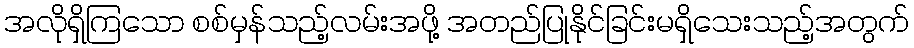
အလိုရှိကြသော စစ်မှန်သည့်လမ်းအဖို့ အတည်ပြုနိုင်ခြင်းမရှိသေးသည့်အတွက်